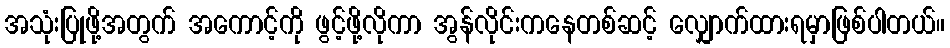
အသုံးပြုဖို့အတွက် အကောင့်ကို ဖွင့်ဖို့လိုကာ အွန်လိုင်းကနေတစ်ဆင့် လျှောက်ထားရမှာဖြစ်ပါတယ်။